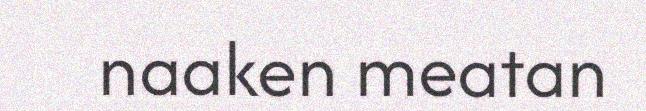
naaken meatan